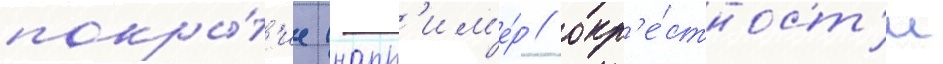
покры́т'ие (напр'им'е́р / окр'е́стност'и